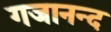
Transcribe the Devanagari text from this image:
गजानन्द